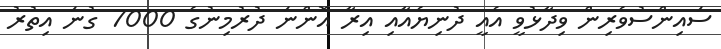
ސައިންސުވެރިން ވިދާޅުވީ އެއީ ދުނިޔެއާއި އިރާ އޮންނަ ދުރުމިނުގެ 7000 ގުނަ އިތުރު